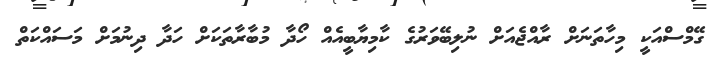
ގޭމްސްއަކީ މިހާތަނަށް ރާއްޖެއަށް ނުލިބޭވަރުގެ ކާމިޔާބީއެއް ހޯދާ މުބާރާތަކަށް ހަދާ ދިނުމަށް މަސައްކަތް